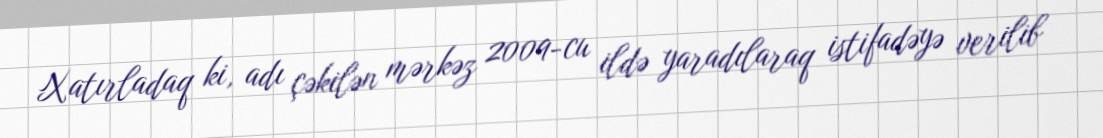
Xatırladaq ki, adı çəkilən mərkəz 2009-cu ildə yaradılaraq istifadəyə verilib